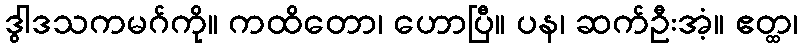
ဒွါဒသကမဂ်ကို။ ကထိတော၊ ဟောပြီ။ ပန၊ ဆက်ဦးအံ့။ ဧတ္ထ၊